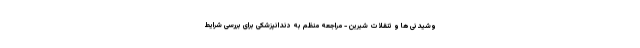
وشیدنی ها و تنقلات شیرین - مراجعه منظم به دندانپزشکی برای بررسی شرایط